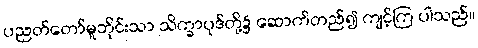
ပညတ်တော်မူဘိုင်းသာ သိက္ခာပုဒ်တို့၌ ဆောက်တည်၍ ကျင့်ကြ ပါသည်။